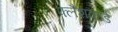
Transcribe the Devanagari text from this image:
फ्लैशकार्ड